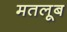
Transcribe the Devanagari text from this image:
मतलूब